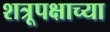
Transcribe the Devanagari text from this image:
शत्रूपक्षाच्या